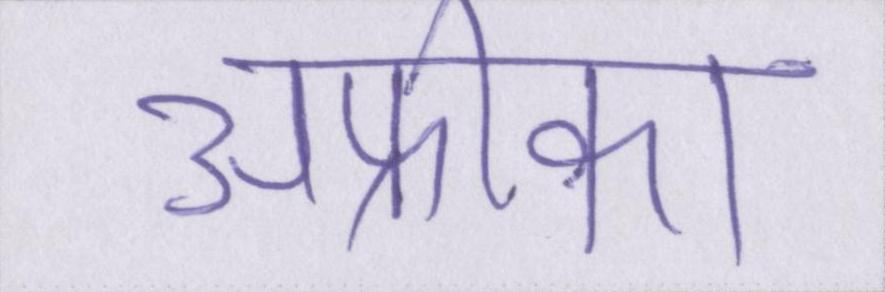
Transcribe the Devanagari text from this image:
अफ्रीका